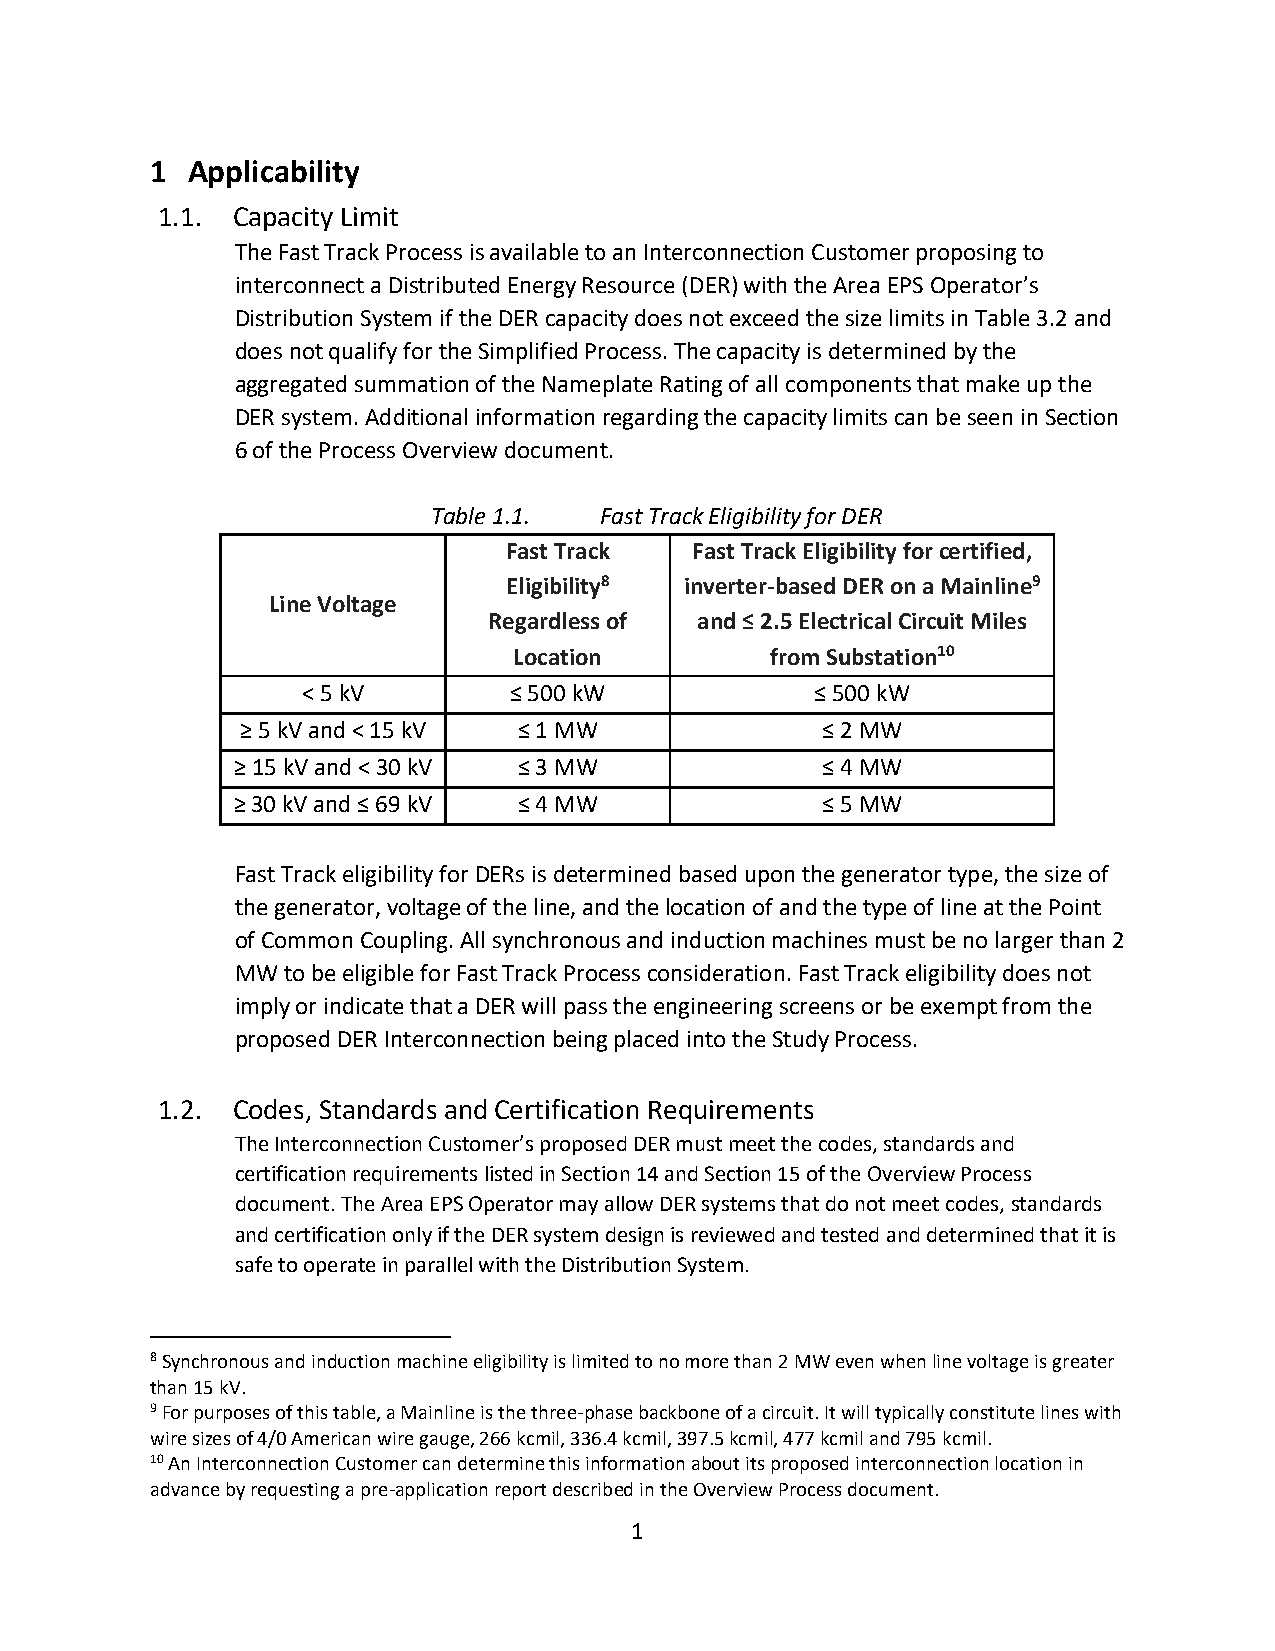
1 Applicability
 1.1. Capacity Limit
 The Fast Track Process is available to an Interconnection Customer proposing to
 interconnect a Distributed Energy Resource (DER) with the Area EPS Operator’s
 Distribution System if the DER capacity does not exceed the size limits in Table 3.2 and
 does not qualify for the Simplified Process. The capacity is determined by the
 aggregated summation of the Nameplate Rating of all components that make up the
 DER system. Additional information regarding the capacity limits can be seen in Section
 6 of the Process Overview document.
 Table 1.1. Fast Track Eligibility for DER
 Fast Track   Fast Track Eligibility for certified,
 Eligibility8 inverter-based DER on a Mainline9
 Line Voltage
 Regardless of and ≤ 2.5 Electrical Circuit Miles
 Location         from Substation10
 < 5 kV        ≤ 500 kW            ≤ 500 kW
 ≥ 5 kV and < 15 kV ≤ 1 MW             ≤ 2 MW
 ≥ 15 kV and < 30 kV ≤ 3 MW             ≤ 4 MW
 ≥ 30 kV and ≤ 69 kV ≤ 4 MW             ≤ 5 MW
 Fast Track eligibility for DERs is determined based upon the generator type, the size of
 the generator, voltage of the line, and the location of and the type of line at the Point
 of Common Coupling. All synchronous and induction machines must be no larger than 2
 MW to be eligible for Fast Track Process consideration. Fast Track eligibility does not
 imply or indicate that a DER will pass the engineering screens or be exempt from the
 proposed DER Interconnection being placed into the Study Process.
 1.2. Codes, Standards and Certification Requirements
 The Interconnection Customer’s proposed DER must meet the codes, standards and
 certification requirements listed in Section 14 and Section 15 of the Overview Process
 document. The Area EPS Operator may allow DER systems that do not meet codes, standards
 and certification only if the DER system design is reviewed and tested and determined that it is
 safe to operate in parallel with the Distribution System.
 8 Synchronous and induction machine eligibility is limited to no more than 2 MW even when line voltage is greater
 than 15 kV.
 9 For purposes of this table, a Mainline is the three-phase backbone of a circuit. It will typically constitute lines with
 wire sizes of 4/0 American wire gauge, 266 kcmil, 336.4 kcmil, 397.5 kcmil, 477 kcmil and 795 kcmil.
 10 An Interconnection Customer can determine this information about its proposed interconnection location in
 advance by requesting a pre-application report described in the Overview Process document.
 1